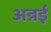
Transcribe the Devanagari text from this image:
अन्नई